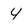
Character: 4